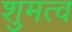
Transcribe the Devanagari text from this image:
शुमत्व